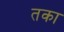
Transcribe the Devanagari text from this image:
तका